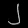
Digit: ၂